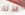
كذلك